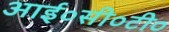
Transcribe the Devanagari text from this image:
आई०सी०टी०